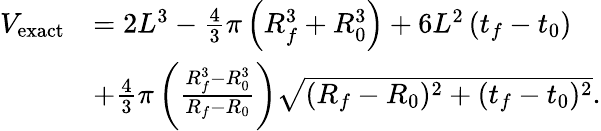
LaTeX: \begin{array}{rl}{V_{\mathrm{exact}}}&{=2L^{3}-\frac{4}{3}\pi\left(R_{f}^{3}+R_{0}^{3}\right)+6L^{2}\left(t_{f}-t_{0}\right)}\\ &{+\frac{4}{3}\pi\left(\frac{R_{f}^{3}-R_{0}^{3}}{R_{f}-R_{0}}\right)\sqrt{(R_{f}-R_{0})^{2}+(t_{f}-t_{0})^{2}}.}\end{array}